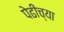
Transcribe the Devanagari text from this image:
पेढींच्या